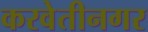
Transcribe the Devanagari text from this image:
करवेतीनगर